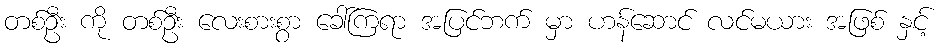
တစ်ဦး ကို တစ်ဦး လေးစားစွာ ခေါ်ကြရာ အပြင်ဘက် မှာ ဟန်ဆောင် လင်မယား အဖြစ် နှင့်